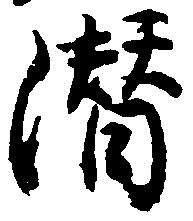
潜